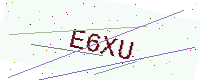
Text: E6XU